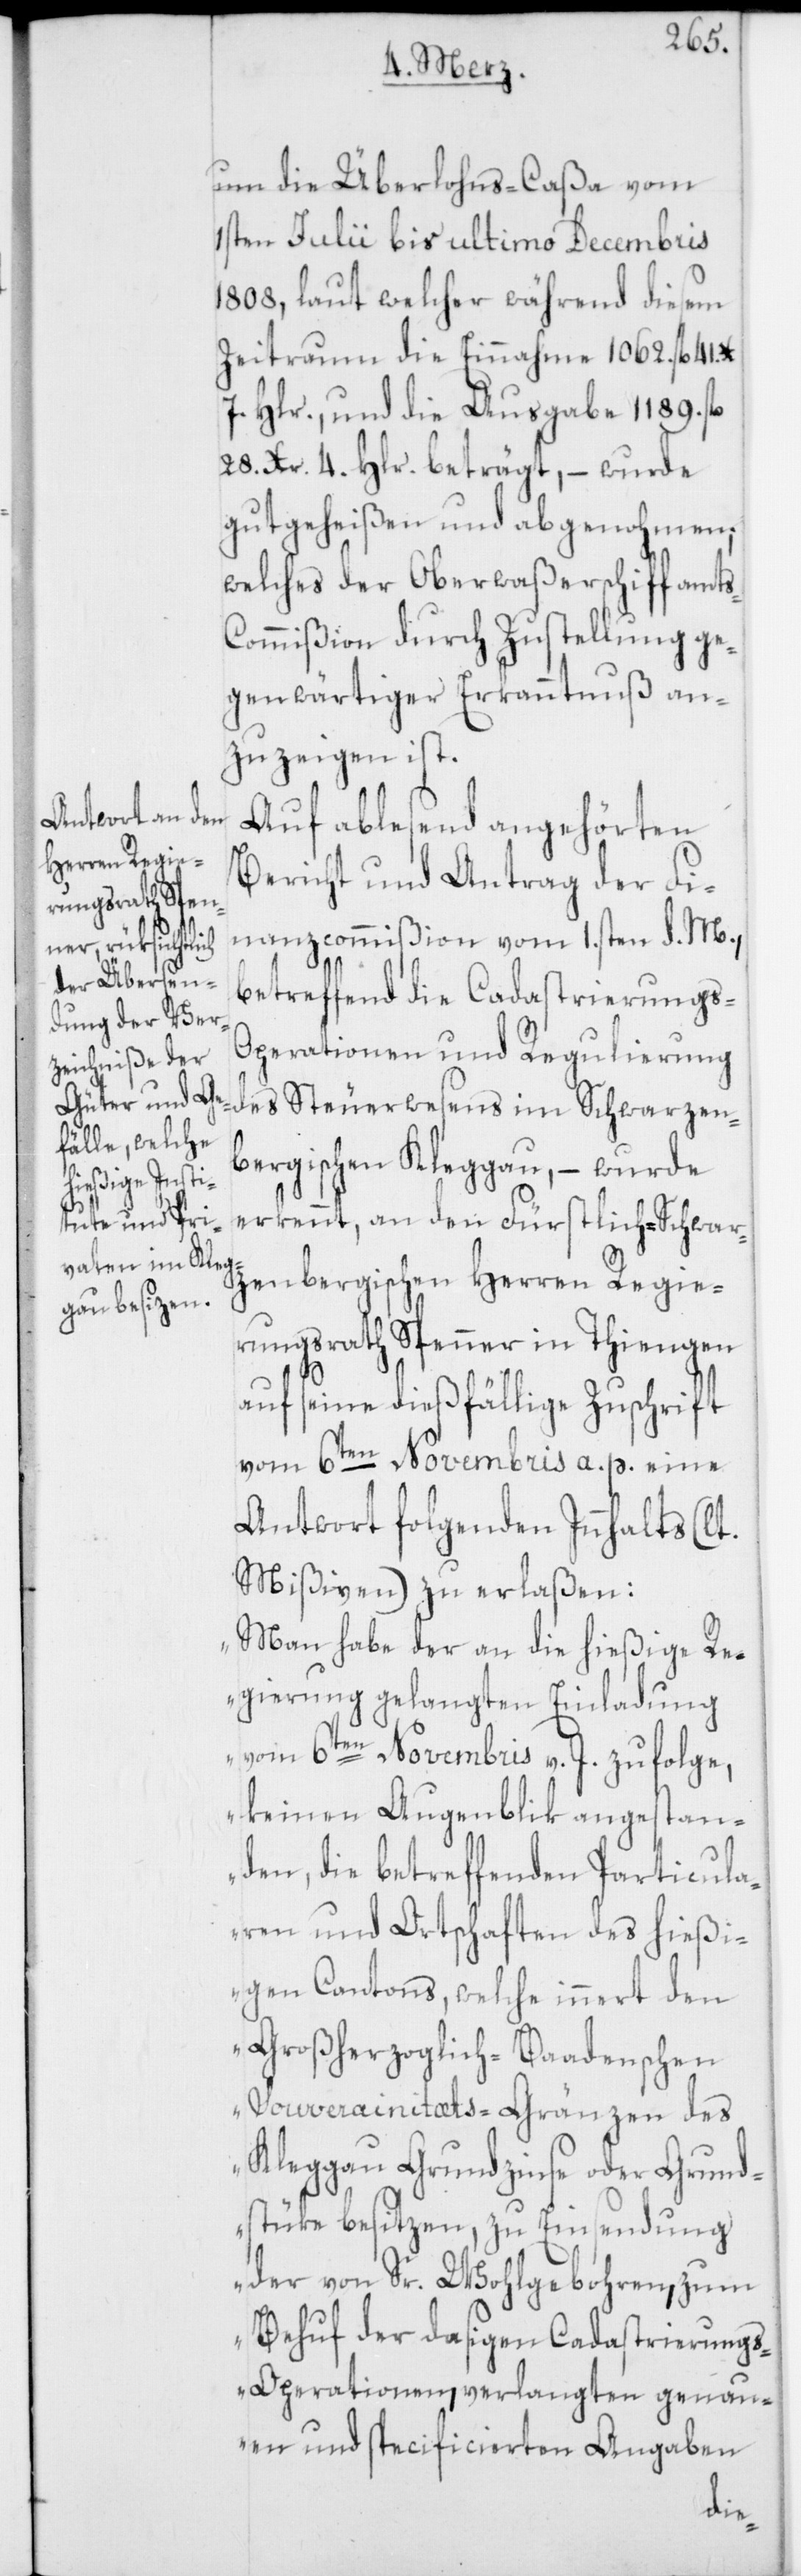
s-C¬
um die Überlohns-Caßa vom
1sten Julii bis ultimo Decembris
1808, laut welcher während diesem
Zeitraum die Einnahme 1062. fl. 41.
7. Hlr., und die Ausgabe 1189. fl.
28. Xr. 4. Hlr. beträgt, – wurde
gutgeheißen und abgenohmen;
welches der Oberwaßerschiffamt¬
ommißion durch Zustellung ge¬
genwärtiger Erkanntnuß an¬
zuzeigen ist.
Auf ablesend angehörten
Bericht und Antrag der Fi¬
nanzcommißion vom 1sten d. M.,
betreffend die Cadastrierungs-O¬
perationen und Regulierung
des Steuerwesens im Schwarzen¬
bergischen Kleggau, – wurde
erkennt, an den Fürstlich-Schwar¬
zenbergischen Herren Regie¬
rungsrath Spenner in Thiengen
auf seine dießfällige Zuschrift
vom 6ten Novembris a. p. eine
Antwort folgenden Innhalts (lt.
Mißiven) zu erlaßen:
„Man habe der an die hießige R¬
egierung gelangten Einladung
vom 6ten Novembris v. J. zufolge,
keinen Augenblik angestan¬
den, die betreffenden Particula¬
ren und Ortschaften des hießi¬
gen Cantons, welche innert den
Großherzoglich-Baadenschen
Souverainitäts-Gränzen des
Kleggau Grundzinse oder Grund¬
stüke besitzen, zu Einsendung
der von Sr. Wohlgeboren, zum
Behuf der dasigen Cadastrierung¬
s-Operationen, verlangten genau¬
en und specificierten Angaben